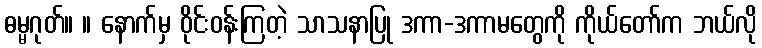
ဓမ္မဂုတ်။ ။ နောက်မှ ဝိုင်းဝန်းကြတဲ့ သာသနာပြု ဒကာ-ဒကာမတွေကို ကိုယ်တော်က ဘယ်လို